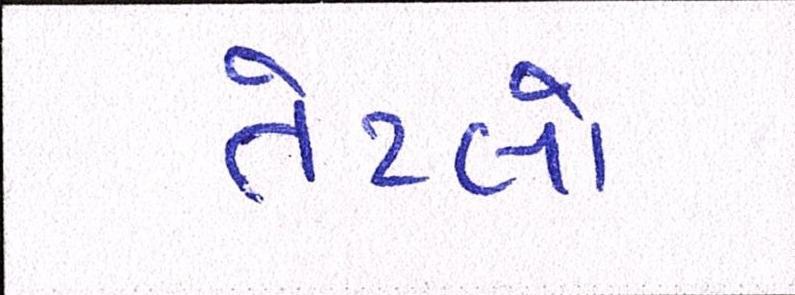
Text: તેટલો